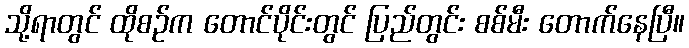
သို့ရာတွင် ထိုစဉ်က တောင်ပိုင်းတွင် ပြည်တွင်း စစ်မီး တောက်နေပြီ။